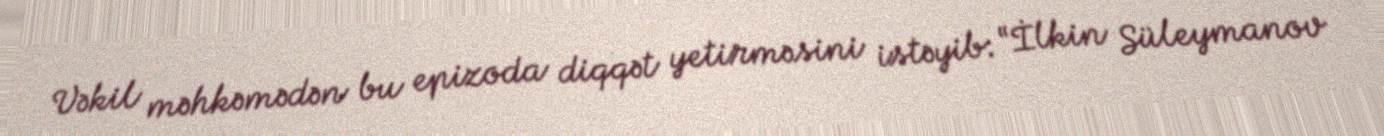
Vəkil məhkəmədən bu epizoda diqqət yetirməsini istəyib: “İlkin Süleymanov